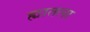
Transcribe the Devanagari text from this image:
ह्यातला